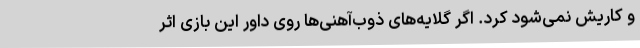
و کاریش نمی‌شود کرد. اگر گلایه‌های ذوب‌آهنی‌ها روی داور این بازی اثر